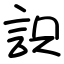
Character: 䛊